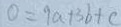
0 = 9 a + 3 b + c